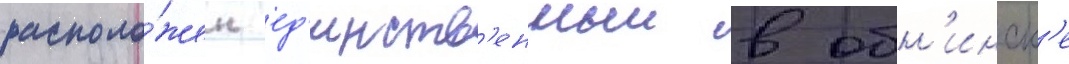
располо́жен ед'инств'енныи в обн'инск'е